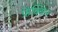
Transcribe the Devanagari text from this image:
फ्रेंक्विन